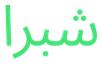
شبرا